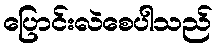
ပြောင်းလဲစေပါသည်